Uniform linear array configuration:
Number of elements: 4
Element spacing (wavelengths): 0.5
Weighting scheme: cosine
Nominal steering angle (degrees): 0
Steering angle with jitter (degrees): -1.222
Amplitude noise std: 0.05
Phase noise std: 0.05

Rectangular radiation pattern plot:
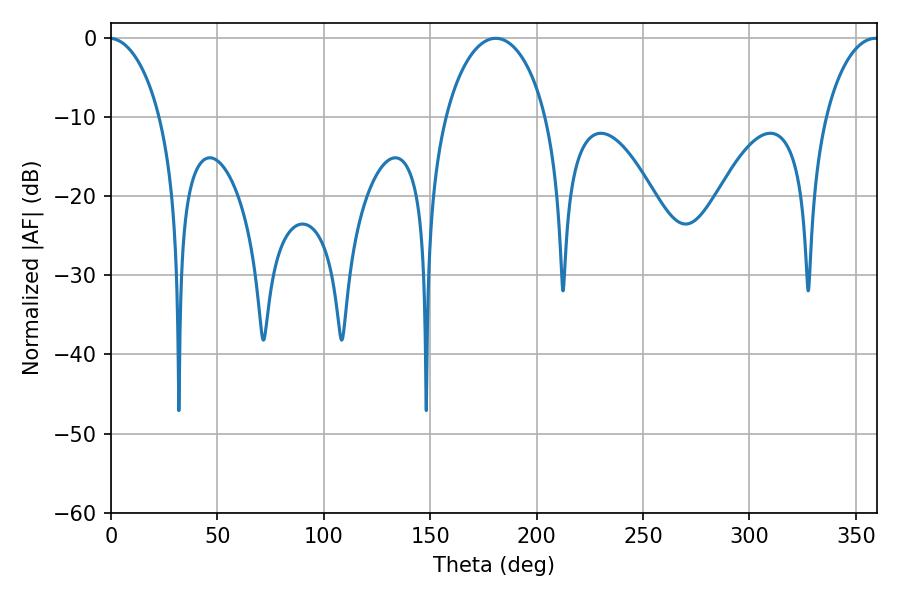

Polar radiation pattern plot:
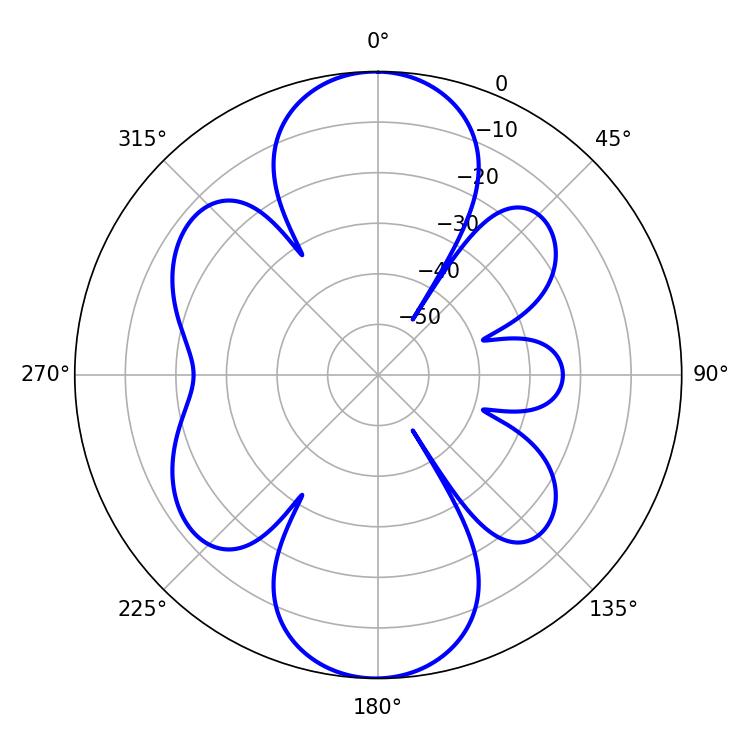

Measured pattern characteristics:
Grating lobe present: FALSE
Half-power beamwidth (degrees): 27.18
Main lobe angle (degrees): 180.72